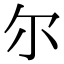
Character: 尔